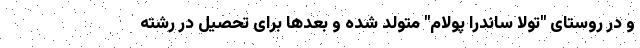
و در روستای "تولا ساندرا پولام" متولد شده و بعدها برای تحصیل در رشته